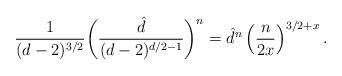
LaTeX: \begin{align*}\frac{1}{(d-2)^{3/2}}\biggl(\frac{\hat{d}}{(d-2)^{d/2-1}}\biggr)^{n}=\hat{d}^{n}\left(\frac{n}{2x}\right)^{3/2+x}.\end{align*}